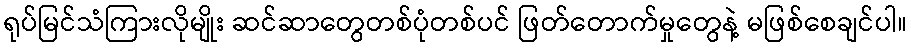
ရုပ်မြင်သံကြားလိုမျိုး ဆင်ဆာတွေတစ်ပုံတစ်ပင် ဖြတ်တောက်မှုတွေနဲ့ မဖြစ်စေချင်ပါ။